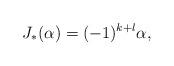
LaTeX: \begin{align*}J_*(\alpha) = (-1)^{k+l}\alpha,\end{align*}